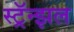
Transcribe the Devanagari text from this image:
स्ट्रॅन्झल